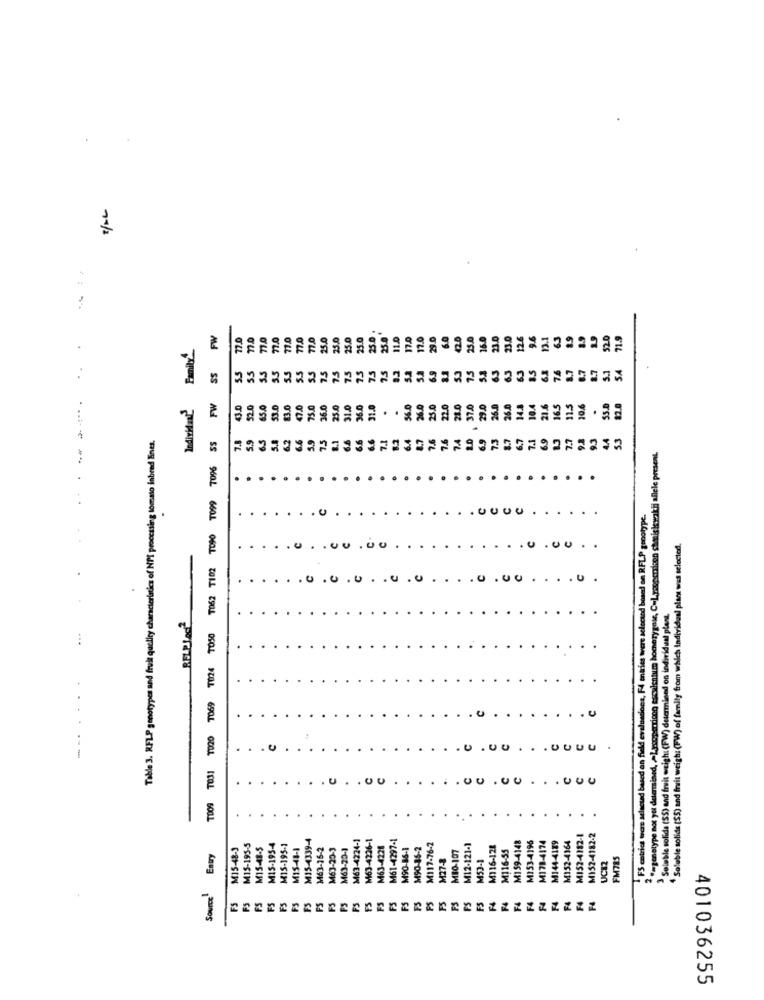
SS FW
77.0
77.0
77.0
77.0
25.0
25.0
11.0
Family
23.0
25.0
25.0
230
55
75
55
75
Individual'
FW
52.0
65.0
53.0
83.0
47.
75.0
36.0
25.0
31.0
36.0
31.0
56.0
26.0
23.0
22.0
21.0
. 374
29.0
26.0
26.0
10.4
21.6
165
115
10.6
55.0
Table 3. RFLP genotypes and fruit quolity characteristics of NPI proccssing tomato inbred Eines.
SS
7.8
6.5
5.9
2 == genotype not yet determined, - Lesoperricon esculentum homerygok, C-Lysspanien shmisiewakii allele present.
TO62 T102 TO90 TO99 7096
.
JUUU
FS catrics was selected based on field evaluations, F4 entries were selected based on RFLP genotype
00
"Soluble solids (SS) and fruit weigh: (PW) of family from which Individual plant was selected
0
.u
0
Soluble solide (SS) and fruit weighs (PW) determined on individual plant.
BELPLAG2
TOO9 TO31 TO20 T069 1024 7050
U .00
M15-4339-4
M63-4226-1
M61-4297-1
M153-4196
M178-4174
M152-4164
MIS2-4182-1
M152-4182-2
M15-48-3
M15-195-5
M15-48-5
M15-195-4
M15-195-1
MIS-48-1
M63-16-2
M63-20-3
M63-20-1
M63-4224-1
M63-4228
M90-86-1
M90-85-2
M117-76-2
MBO-107
M12-121-1
M116-128
M 116-55
M159-4148
M144-4189
Source Entry
M27-8
M53-1
UC82
FM785
FS
FS
FS
FS
FS
PS
FS
FS
FS
F4
F4
FS
FS
FS
FS
FS
FS
PS
FS
FS
PS
F4
401036255